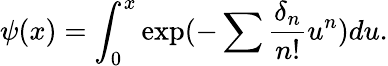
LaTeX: \psi(x)=\int_{0}^{x}\exp(-\sum\frac{\delta_{n}}{n!}u^{n})du.